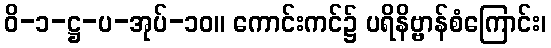
ဝိ-၁-ဋ္ဌ-ပ-အုပ်-၁၀။ ကောင်းကင်၌ ပရိနိဗ္ဗာန်စံကြောင်း၊